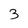
Character: 3